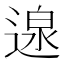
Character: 𮞰